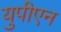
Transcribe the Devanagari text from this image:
युपीएन